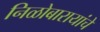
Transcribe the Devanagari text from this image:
निळोबारायांचे